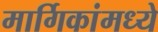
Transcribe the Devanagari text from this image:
मार्गिकांमध्ये